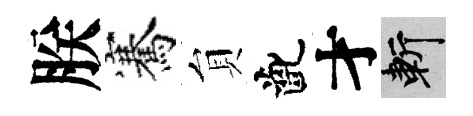
朕騫貟齔才斬